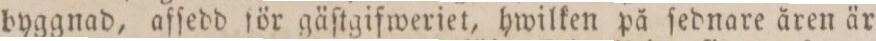
byggnad, afſedd för gäſtgifweriet, hwilken på ſednare åren är